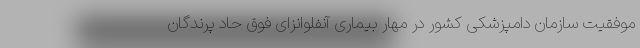
موفقیت سازمان دامپزشکی کشور در مهار بیماری آنفلوانزای فوق حاد پرندگان